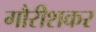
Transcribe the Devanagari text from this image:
गौरीशकर